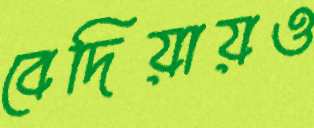
বেদিয়ায়ও